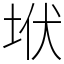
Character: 垘